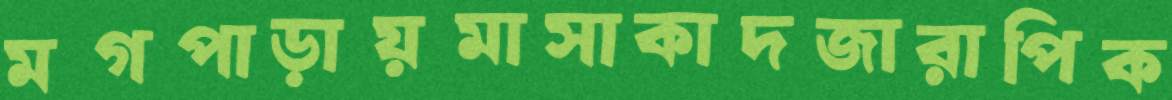
মগপাড়ায়মাসাকাদজারাপিক